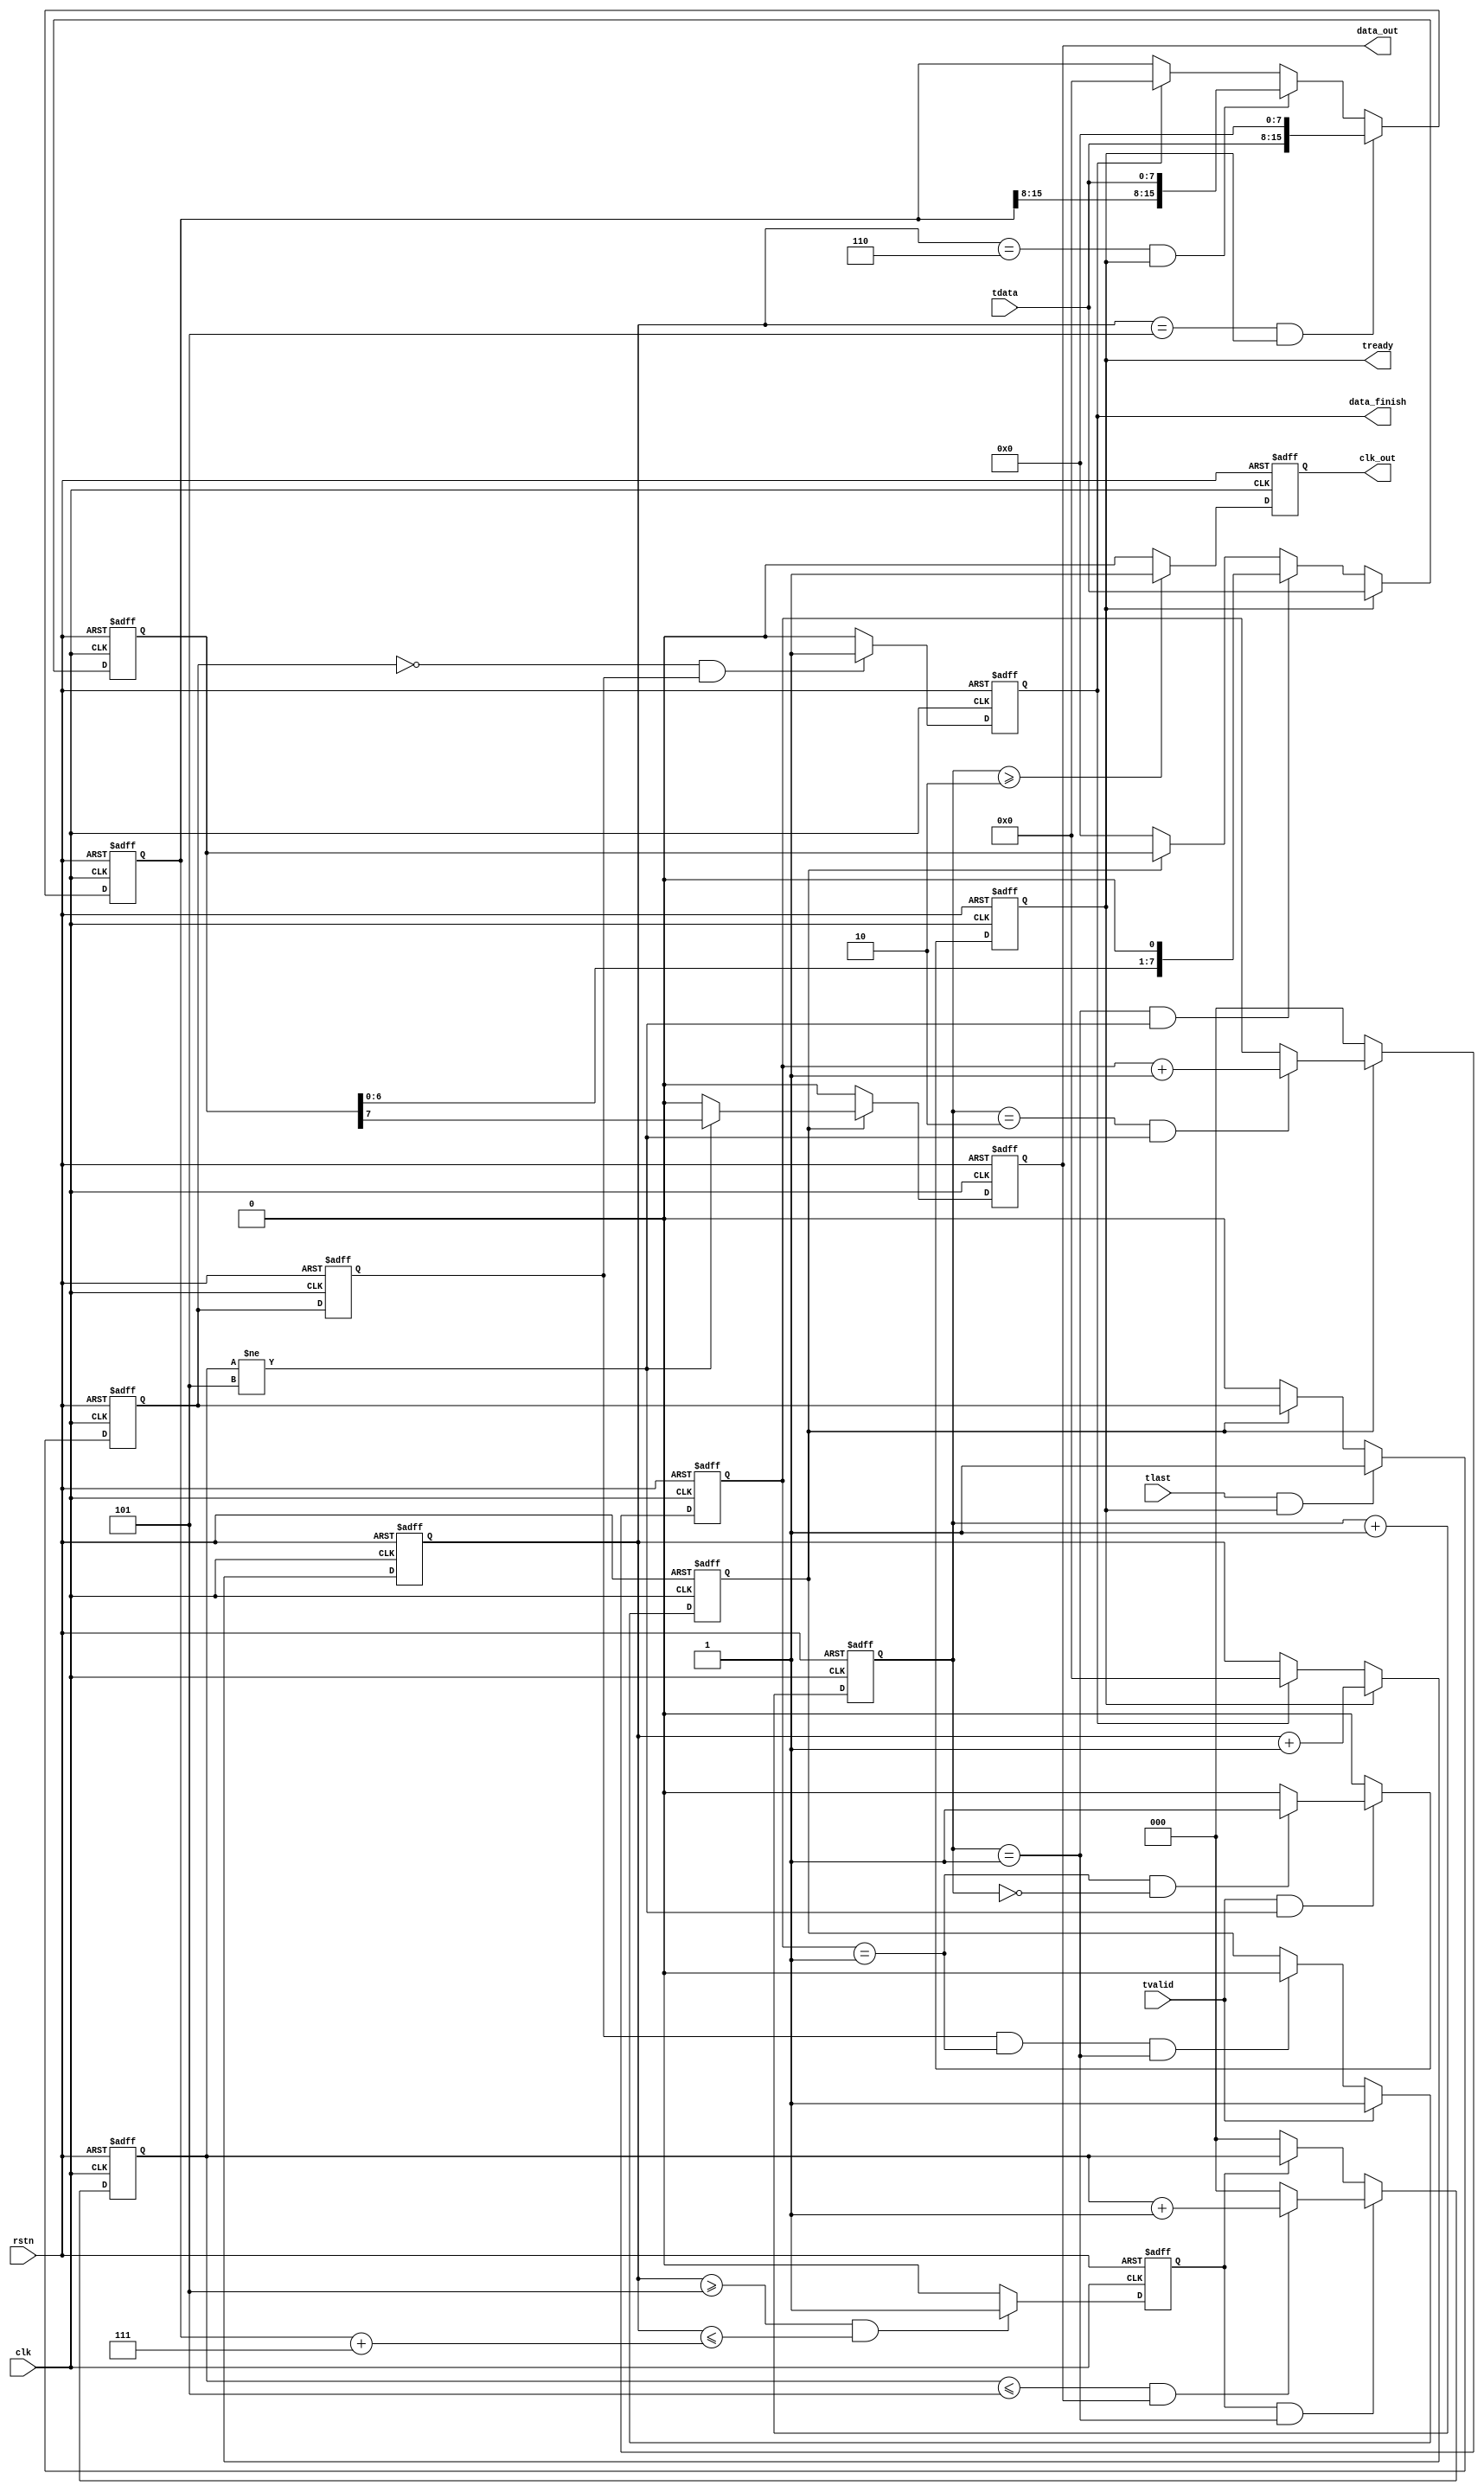
module hdlc_tx (
                clk,
				rstn,
				tvalid,
				tready,
				tlast,
				tdata,
				clk_out,
				data_out,
				data_finish
				);

input         clk;
input         rstn;
input         tvalid;
output        tready;
input         tlast;
input   [7:0] tdata;
output        clk_out;
output        data_out;
output        data_finish;

reg [1:0] clk_cnt;

always @(posedge clk or negedge rstn)
begin
     if (!rstn)
	    clk_cnt <= 2'd0;
	 else
	    clk_cnt <= clk_cnt + 1'b1;
end

reg tlast_dly;
reg tlast_dly2;
reg bit_cnt_en;
reg [2:0] bit_cnt;
reg ones_cnt_en;
reg [2:0] ones_cnt;//1

always @(posedge clk or negedge rstn)
begin
     if (!rstn)
	    tlast_dly <= 1'b0;
	 else if (tlast == 1'b1 && tready == 1'b1)
	    tlast_dly <= 1'b1;
	 else if (bit_cnt_en == 1'b0)
	    tlast_dly <= 1'b0;
end

always @(posedge clk or negedge rstn)
begin
     if (!rstn)
	    tlast_dly2 <= 1'b0;
	 else
	    tlast_dly2 <= tlast_dly;
end

always @(posedge clk or negedge rstn)
begin
     if (!rstn)
	    bit_cnt_en <= 1'b0;
	 else if (tvalid == 1'b1)
	    bit_cnt_en <= 1'b1;
	 else if (tlast_dly2 == 1'b1 && bit_cnt == 3'd1 && clk_cnt == 2'd1)
	    bit_cnt_en <= 1'b0;
end

always @(posedge clk or negedge rstn)
begin
     if (!rstn)
	    bit_cnt <= 5'd0;
	 else if (bit_cnt_en == 1'b1)
	    begin
		if (clk_cnt == 2'd2 && ones_cnt != 3'd5)
		bit_cnt <= bit_cnt + 1'b1;
		end
	 else
	    bit_cnt <= 5'd0;
end

reg tready;

always @(posedge clk or negedge rstn)
begin
     if (!rstn)
	    tready <= 1'b0;
	 else if (tvalid == 1'b1 && ones_cnt != 3'd5)
	    begin
		if (bit_cnt == 3'd1 && clk_cnt == 2'd0)
		tready <= 1'b1;
		else
		tready <= 1'b0;
		end
	 else
	    tready <= 1'b0;
end

reg [7:0] tdata_reg;

always @(posedge clk or negedge rstn)
begin
     if (!rstn)
	    tdata_reg <= 32'd0;
	 else if (tready == 1'b1)
	    tdata_reg <= tdata;
	 else if (clk_cnt == 2'd1 && ones_cnt != 3'd5)
	    tdata_reg <= {tdata_reg[6:0],1'b0};
	 else if (bit_cnt_en == 1'b0)
	    tdata_reg <= 32'd0;
end

reg [15:0] byte_cnt;

always @ (posedge clk or negedge rstn)
begin
     if (!rstn)
	    byte_cnt <= 16'd0;
	 else if (tready == 1'b1)
	    byte_cnt <= byte_cnt + 1'b1;
	 else if (data_finish == 1'b1)
	    byte_cnt <= 16'd0;
end

reg [15:0] byte_length;

always @(posedge clk or negedge rstn)
begin
     if (!rstn)
	    byte_length <= 16'd0;
	 else if (byte_cnt == 3'd5 && tready == 1'b1)
	    byte_length <= {tdata,8'd0};
	 else if (byte_cnt == 3'd6 && tready == 1'b1)
	    byte_length <= {byte_length[15:8],tdata};
	 else if (data_finish == 1'b1)
	    byte_length <= 16'd0;
end

always @(posedge clk or negedge rstn)
begin
     if (!rstn)
	    ones_cnt_en <= 1'b0;
	 else if (byte_cnt >= 3'd5 && byte_cnt <= (byte_length + 3'd7))
	    ones_cnt_en <= 1'b1;
	 else
	    ones_cnt_en <= 1'b0;
end

always @(posedge clk or negedge rstn)
begin
    if (!rstn)
	   ones_cnt <= 1'b0;
	else if (ones_cnt_en == 1'b1 && clk_cnt == 2'd1)
	   begin
	   if (ones_cnt <= 3'd5 && data_out == 1'b1)
	   ones_cnt <= ones_cnt + 1'b1;
	   else
	   ones_cnt <= 3'd0;
	   end
	else if (ones_cnt_en == 1'b0)
	   ones_cnt <= 3'd0;
end

reg clk_out;

always @(posedge clk or negedge rstn)
begin
     if (!rstn)
	    clk_out <= 1'b0;
	 else if (clk_cnt >= 2'd2)
	    clk_out <= 1'b1;
	 else
	    clk_out <= 1'b0;
end

reg data_out;

always @(posedge clk or negedge rstn)
begin
     if (!rstn)
	    data_out <= 1'b0;
	 else if (bit_cnt_en == 1'b1)
	    if (ones_cnt != 3'd5)
		data_out <= tdata_reg[7];
		else
		data_out <= 1'b0;
	 else
	    data_out <= 1'b0;
end

reg data_finish;

always @(posedge clk or negedge rstn)
begin
     if (!rstn)
	    data_finish <= 1'b0;
	 else if (tlast_dly == 1'b0 && tlast_dly2 == 1'b1)
	    data_finish <= 1'b1;
	 else
	    data_finish <= 1'b0;
end

endmodule